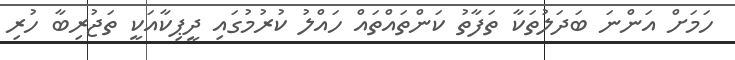
ހަމަށް އަންނަ ބަދަލުތަކާ ތަފާތު ކަންތައްތައް ހައްލު ކުރުމުގައި ދީޕިކާއަކީ ތަޖުރިބާ ހުރި